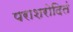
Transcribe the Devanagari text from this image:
पराशरोदितं